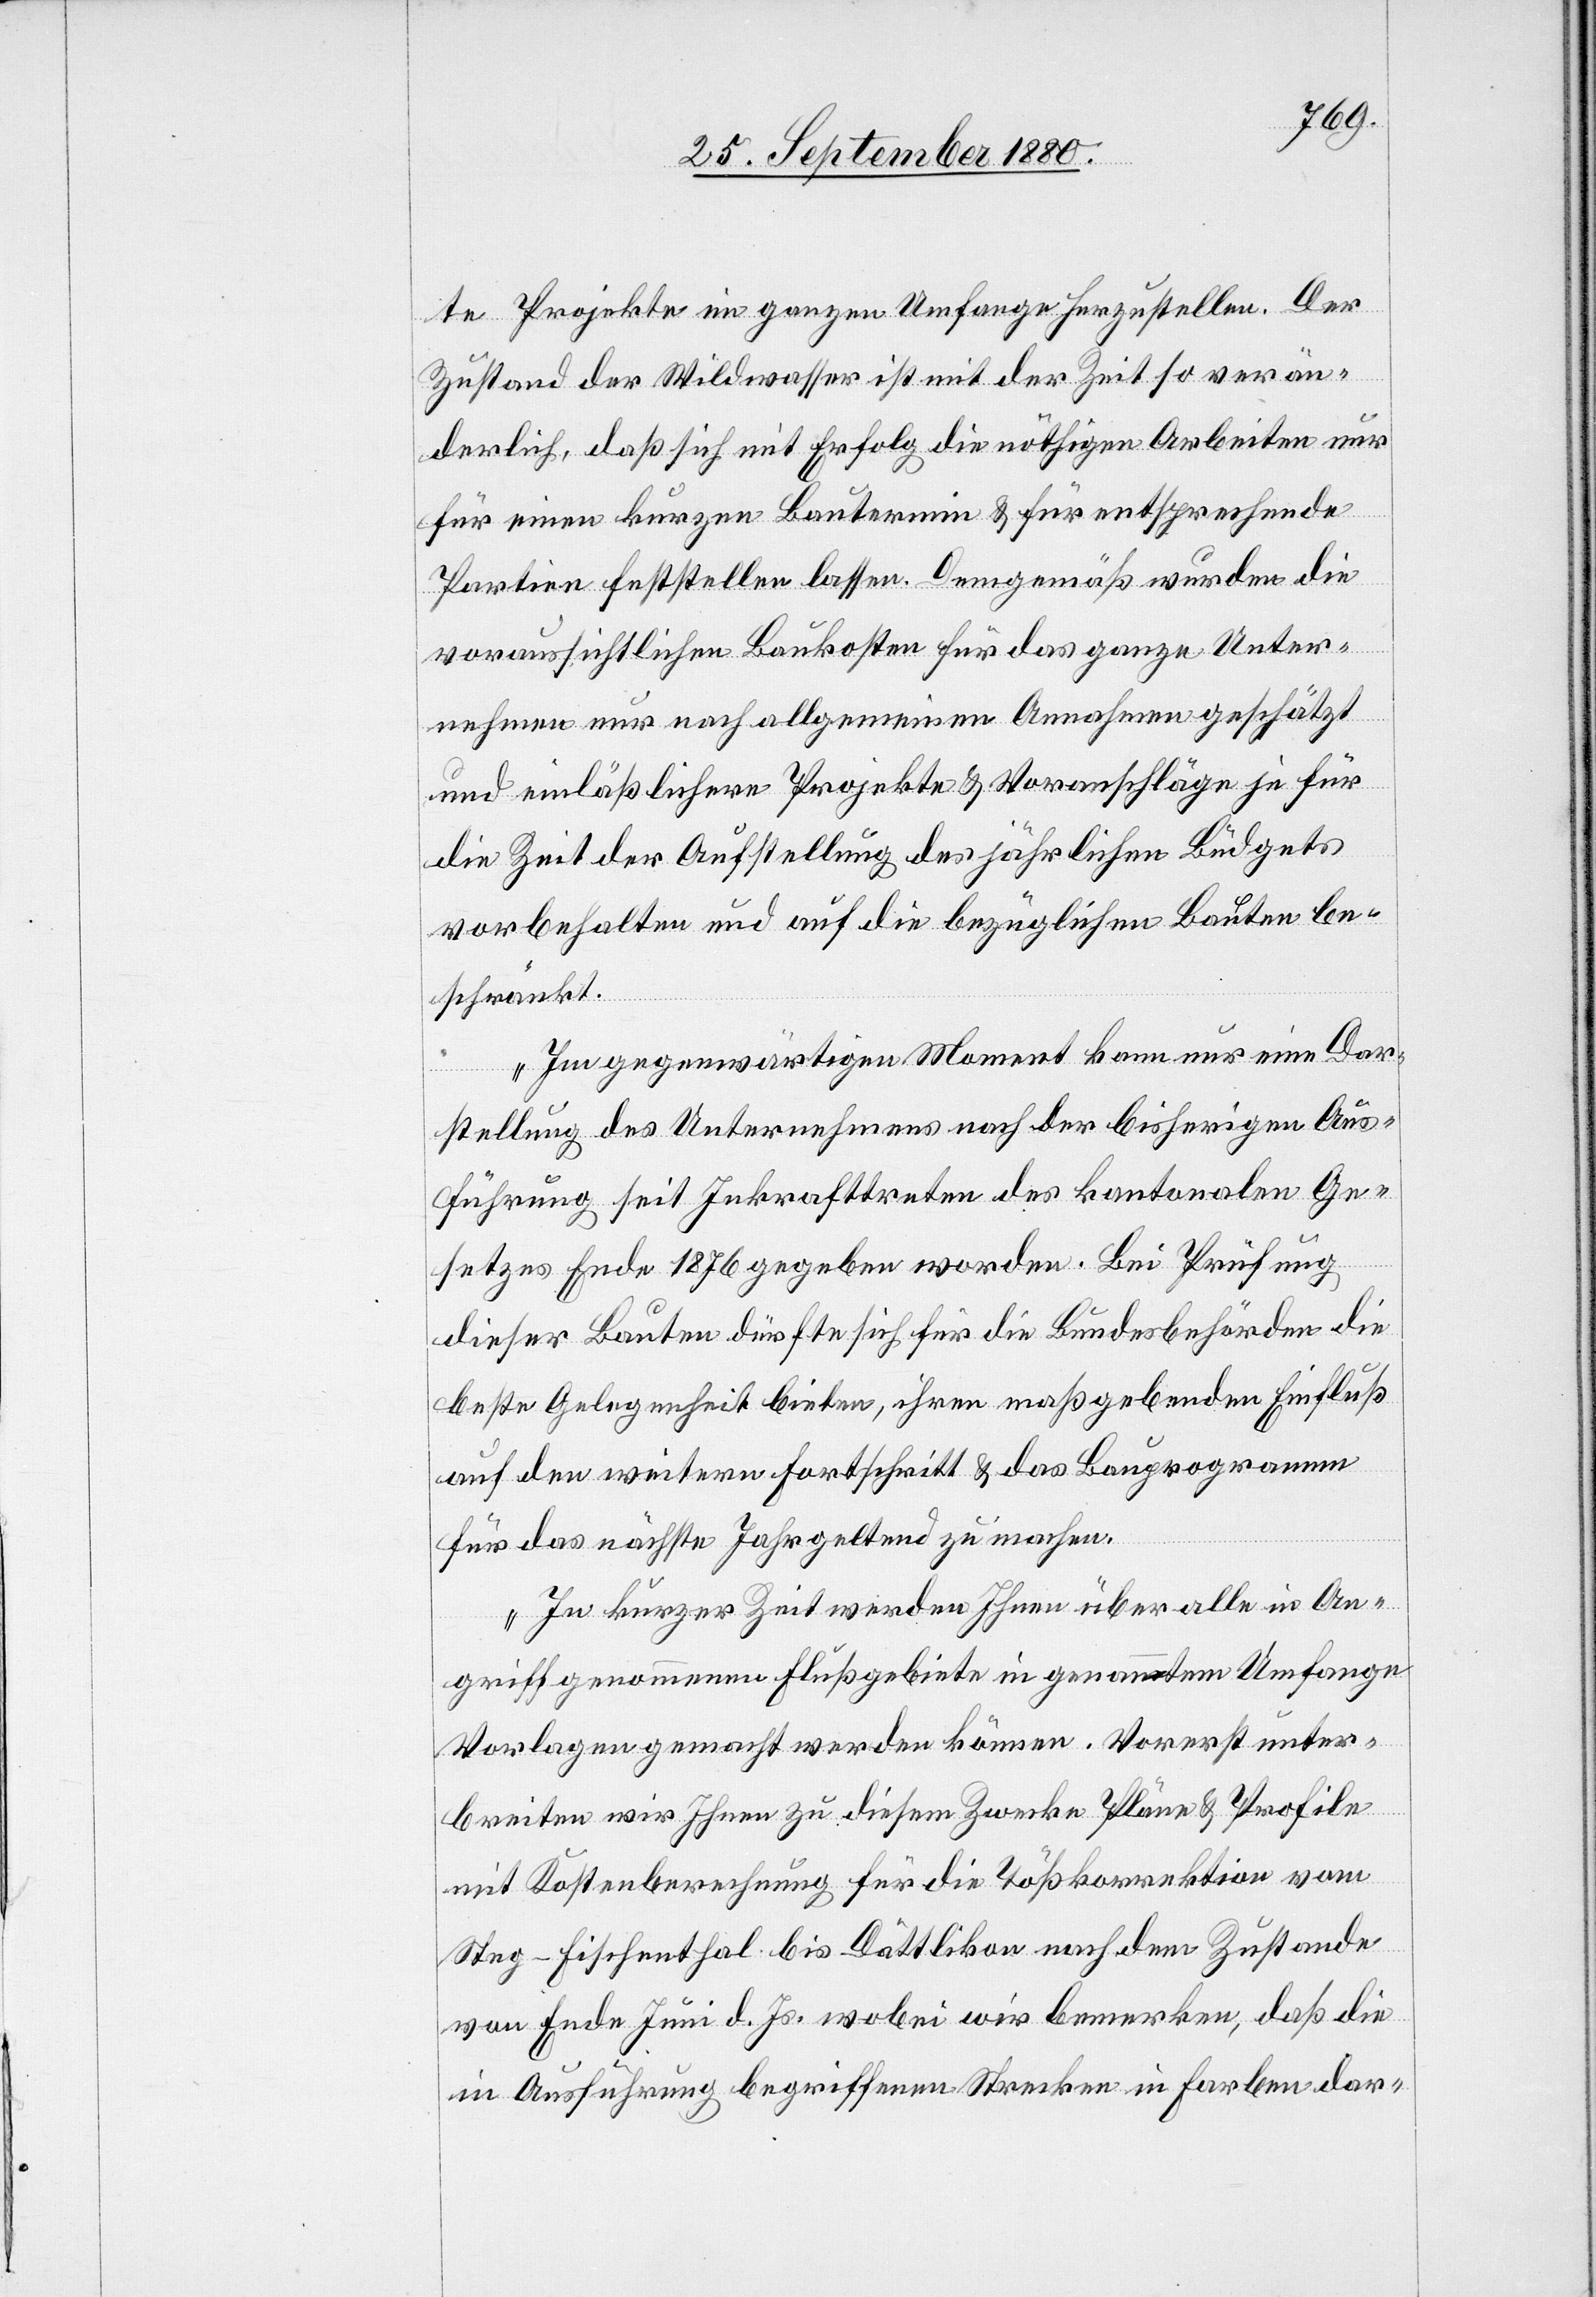
te Projekte im ganzen Umfange herzustellen. Der
Zustand der Wildwasser ist mit der Zeit so verän¬
derlich, daß sich mit Erfolg die nöthigen Arbeiten nur
für einen kurzen Bautermin & für entsprechende
Partien feststellen lassen. Demgemäß wurden die
voraussichtlichen Baukosten für das ganze Unter¬
nehmen nur nach allgemeinen Annahmen geschätzt
und einläßlichere Projekte & Voranschläge je für
die Zeit der Aufstellung des jährlichen Budgets
vorbehalten und auf die bezüglichen Bauten be¬
schränkt.
Im gegenwärtigen Moment kann nur eine Dar¬
stellung des Unternehmen nach der bisherigen Aus¬
führung seit Inkrafttreten des kantonalen Ge¬
setzes Ende 1876 gegeben worden [sic!]. Bei Prüfung
dieser Bauten dürfte sich für die Bundesbehörden die
beste Gelegenheit bieten, ihren maßgebenden Einfluß
auf den weitern Forstschritt & das Bauprogramm
für das nächste Jahr geltend zu machen.
In kurzer Zeit werden Ihnen über alle in An¬
griff genommenen Flußgebiete in genanntem Umfange
Vorlagen gemacht werden können. Vorerst unter¬
breiten wir Ihnen zu diesem Zwecke Pläne & Profile
mit Kostenberechnung für die Tößkorrektion vom
Steg - Fischenthal bis Dättlikon nach dem Zustande
von Ende Juni d. Js. wobei wir bemerken, daß die
in Ausführung begriffene Strecke in Farben dar-